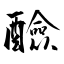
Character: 醶